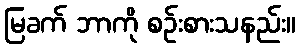
မြခက် ဘာကို စဉ်းစားသနည်း။